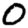
Digit: 0